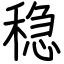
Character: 稳